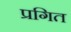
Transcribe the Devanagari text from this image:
प्रगित